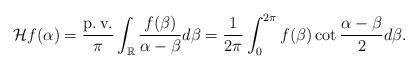
LaTeX: \begin{align*}\mathcal{H}f(\alpha)=\frac{\operatorname{p.v.}}{\pi} \int_{\mathbb{R}}\frac {f(\beta)}{\alpha-\beta} d\beta =\frac {1}{2\pi}\int_0^{2\pi} f(\beta) \cot \frac {\alpha-\beta}{2} d\beta.\end{align*}